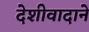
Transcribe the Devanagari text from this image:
देशीवादाने